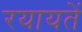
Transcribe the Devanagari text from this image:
रयायतें